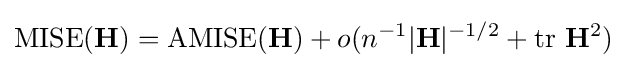
\operatorname {MISE} (\mathbf {H} )=\operatorname {AMISE} (\mathbf {H} )+o(n^{-1}|\mathbf {H} |^{-1/2}+\operatorname {tr} \,\mathbf {H} ^{2})